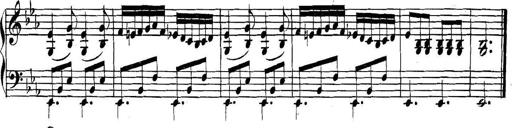
Title: Collected Piano Sonatas
Composer: Muzio Clementi